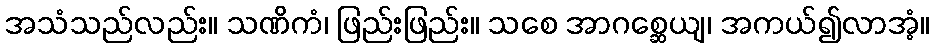
အသံသည်လည်း။ သဏိကံ၊ ဖြည်းဖြည်း။ သစေ အာဂစ္ဆေယျ၊ အကယ်၍လာအံ့။